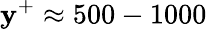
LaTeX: \mathbf{y}^{+}\approx500-1000